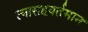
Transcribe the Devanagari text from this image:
त्यासहवर्तमान